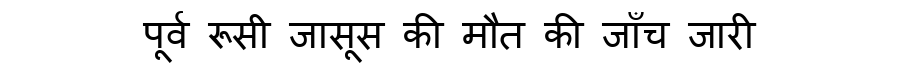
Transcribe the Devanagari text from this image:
पूर्व रूसी जासूस की मौत की जाँच जारी